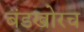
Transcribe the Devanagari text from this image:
बंडखोरच